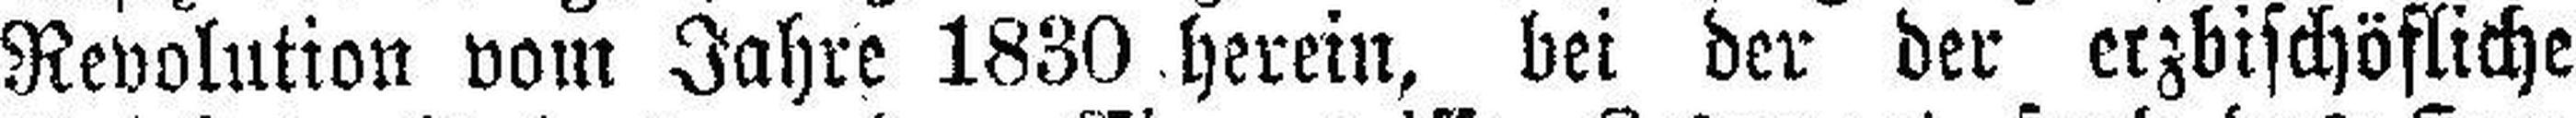
Revolution vom Jahre 1830 herein, bei der der erzbischöfliche